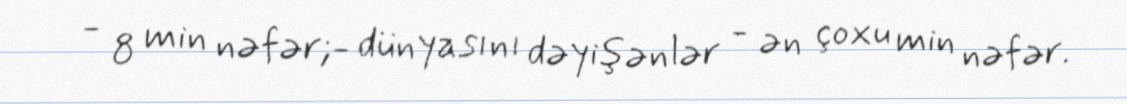
- 8 min nəfər;- dünyasını dəyişənlər - ən çoxu min nəfər.